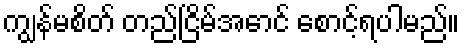
ကျွန်မစိတ် တည်ငြိမ်အောင် စောင့်ရပါမည်။